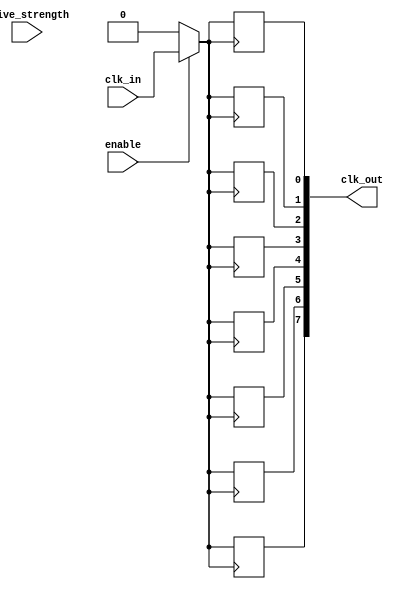
module clock_tree_buffer (
    input clk_in,                // Global clock input
    input enable,                // Enable signal for clock gating
    input [3:0] drive_strength,  // Programmable drive strength
    output reg [7:0] clk_out     // Clock outputs to memory cells
);

// Internal signals
reg [7:0] clk_buffer;           // Buffer to hold clock signals
wire clk_active;                // Signal to indicate active clock

// Clock gating logic
assign clk_active = enable ? clk_in : 1'b0;

// Buffer stage
generate
    genvar i;
    for (i = 0; i < 8; i = i + 1) begin : buffer_stage
        // Each buffer cell amplifies the clock signal based on drive strength
        always @(posedge clk_active) begin
            // Simulate different drive strengths
            case (drive_strength)
                4'b0001: clk_buffer[i] <= clk_active;          // Low drive strength
                4'b0010: clk_buffer[i] <= clk_active;          // Medium drive strength
                4'b0100: clk_buffer[i] <= clk_active;          // High drive strength
                4'b1000: clk_buffer[i] <= clk_active;          // Maximum drive strength
                default: clk_buffer[i] <= clk_active;          // Default to low drive strength
            endcase
        end
    end
endgenerate

// Load balancing logic (simple assignment for demonstration)
always @(*) begin
    clk_out = clk_buffer; // Output the buffered clock signals
end

endmodule